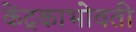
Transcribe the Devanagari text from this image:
केंद्रकाभोवती